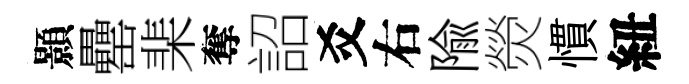
顥罍棐奪詔爻右隃熒慣紐